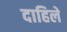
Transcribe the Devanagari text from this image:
दाहिले